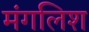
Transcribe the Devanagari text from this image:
मंगलिश